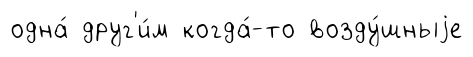
одна́ друг'и́м когда́-то возду́шныjе